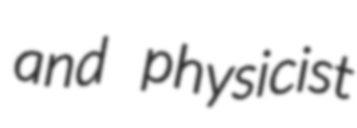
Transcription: and physicist